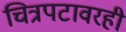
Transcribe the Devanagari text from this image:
चित्रपटावरही